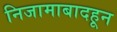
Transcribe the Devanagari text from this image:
निजामाबादहून